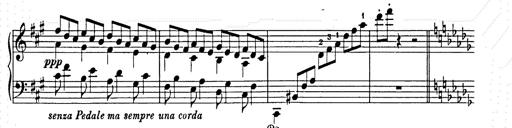
Title: Berceuse
Composer: Lucien Wurmser
Key: A major